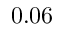
0 . 0 6